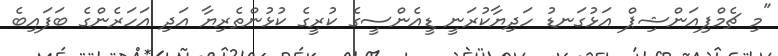
"މި ޗެމްޕިއަންޝިޕް އަޅުގަނޑު ހަދިޔާކުރަނީ ޑީއެންސީގެ ކުރީގެ ކުޅުންތެރިޔާ އަދި އަހަރެންގެ ބަފައިބެ